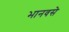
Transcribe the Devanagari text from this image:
भानवसे